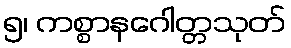
၅၊ ကစ္စာနဂေါတ္တသုတ်